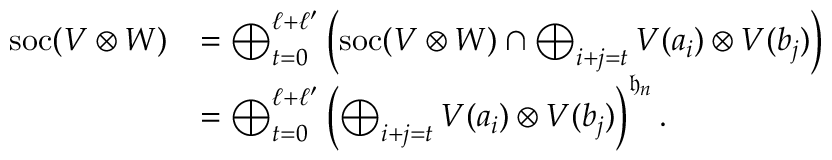
\begin{array} { r l } { \mathrm { s o c } ( V \otimes W ) } & { = \bigoplus _ { t = 0 } ^ { \ell + \ell ^ { \prime } } \left( \mathrm { s o c } ( V \otimes W ) \cap \bigoplus _ { i + j = t } V ( a _ { i } ) \otimes V ( b _ { j } ) \right) } \\ & { = \bigoplus _ { t = 0 } ^ { \ell + \ell ^ { \prime } } \left( \bigoplus _ { i + j = t } V ( a _ { i } ) \otimes V ( b _ { j } ) \right) ^ { \mathfrak { h } _ { n } } . } \end{array}